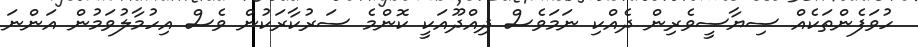
ހުވަފެންތަކެއް ސިޔާސީވެރިން ދެއްކި ނަމަވެސް ދިއްދޫއަކީ ކޮންމެ ސަރުކާރަކުން ވެސް އިހުމާލުވަމުން އަންނަ